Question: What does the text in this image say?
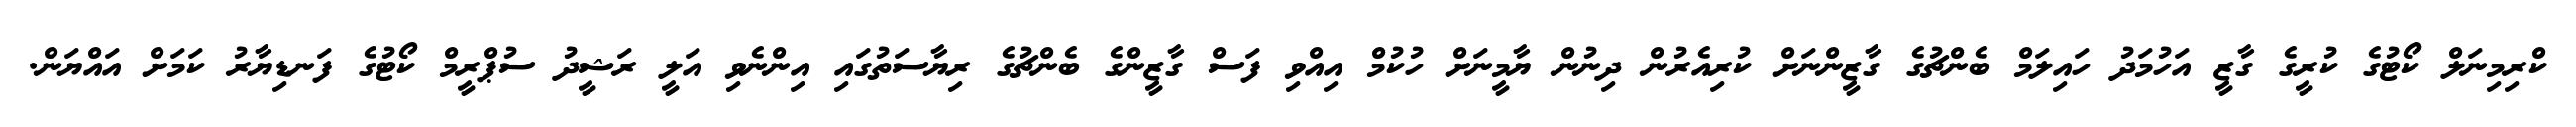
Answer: ކްރިމިނަލް ކޯޓުގެ ކުރީގެ ގާޒީ އަހުމަދު ހައިލަމް ބެންޗުގެ ގާޒީންނަށް ކުރިއެރުން ދިނުން ޔާމީނަށް ހުކުމް އިއްވި ފަސް ގާޒީންގެ ބެންޗުގެ ރިޔާސަތުގައި އިންނެވި އަލީ ރަޝީދު ސުޕްރީމް ކޯޓުގެ ފަނޑިޔާރު ކަމަށް އައްޔަން.